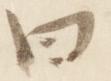
曰